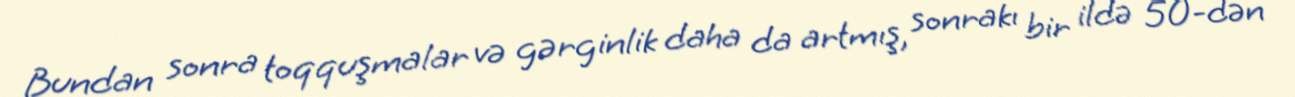
Bundan sonra toqquşmalar və gərginlik daha da artmış, sonrakı bir ildə 50-dən